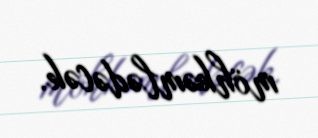
möhkəmlədəcək.